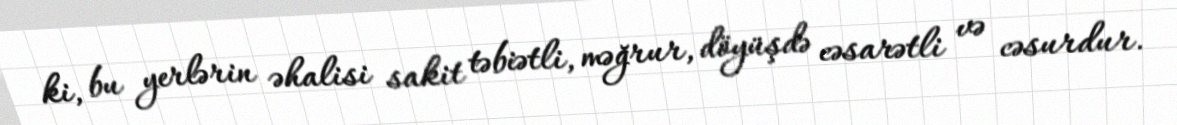
ki, bu yerlərin əhalisi sakit təbiətli, məğrur, döyüşdə cəsarətli və cəsurdur.